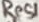
Text: Res1